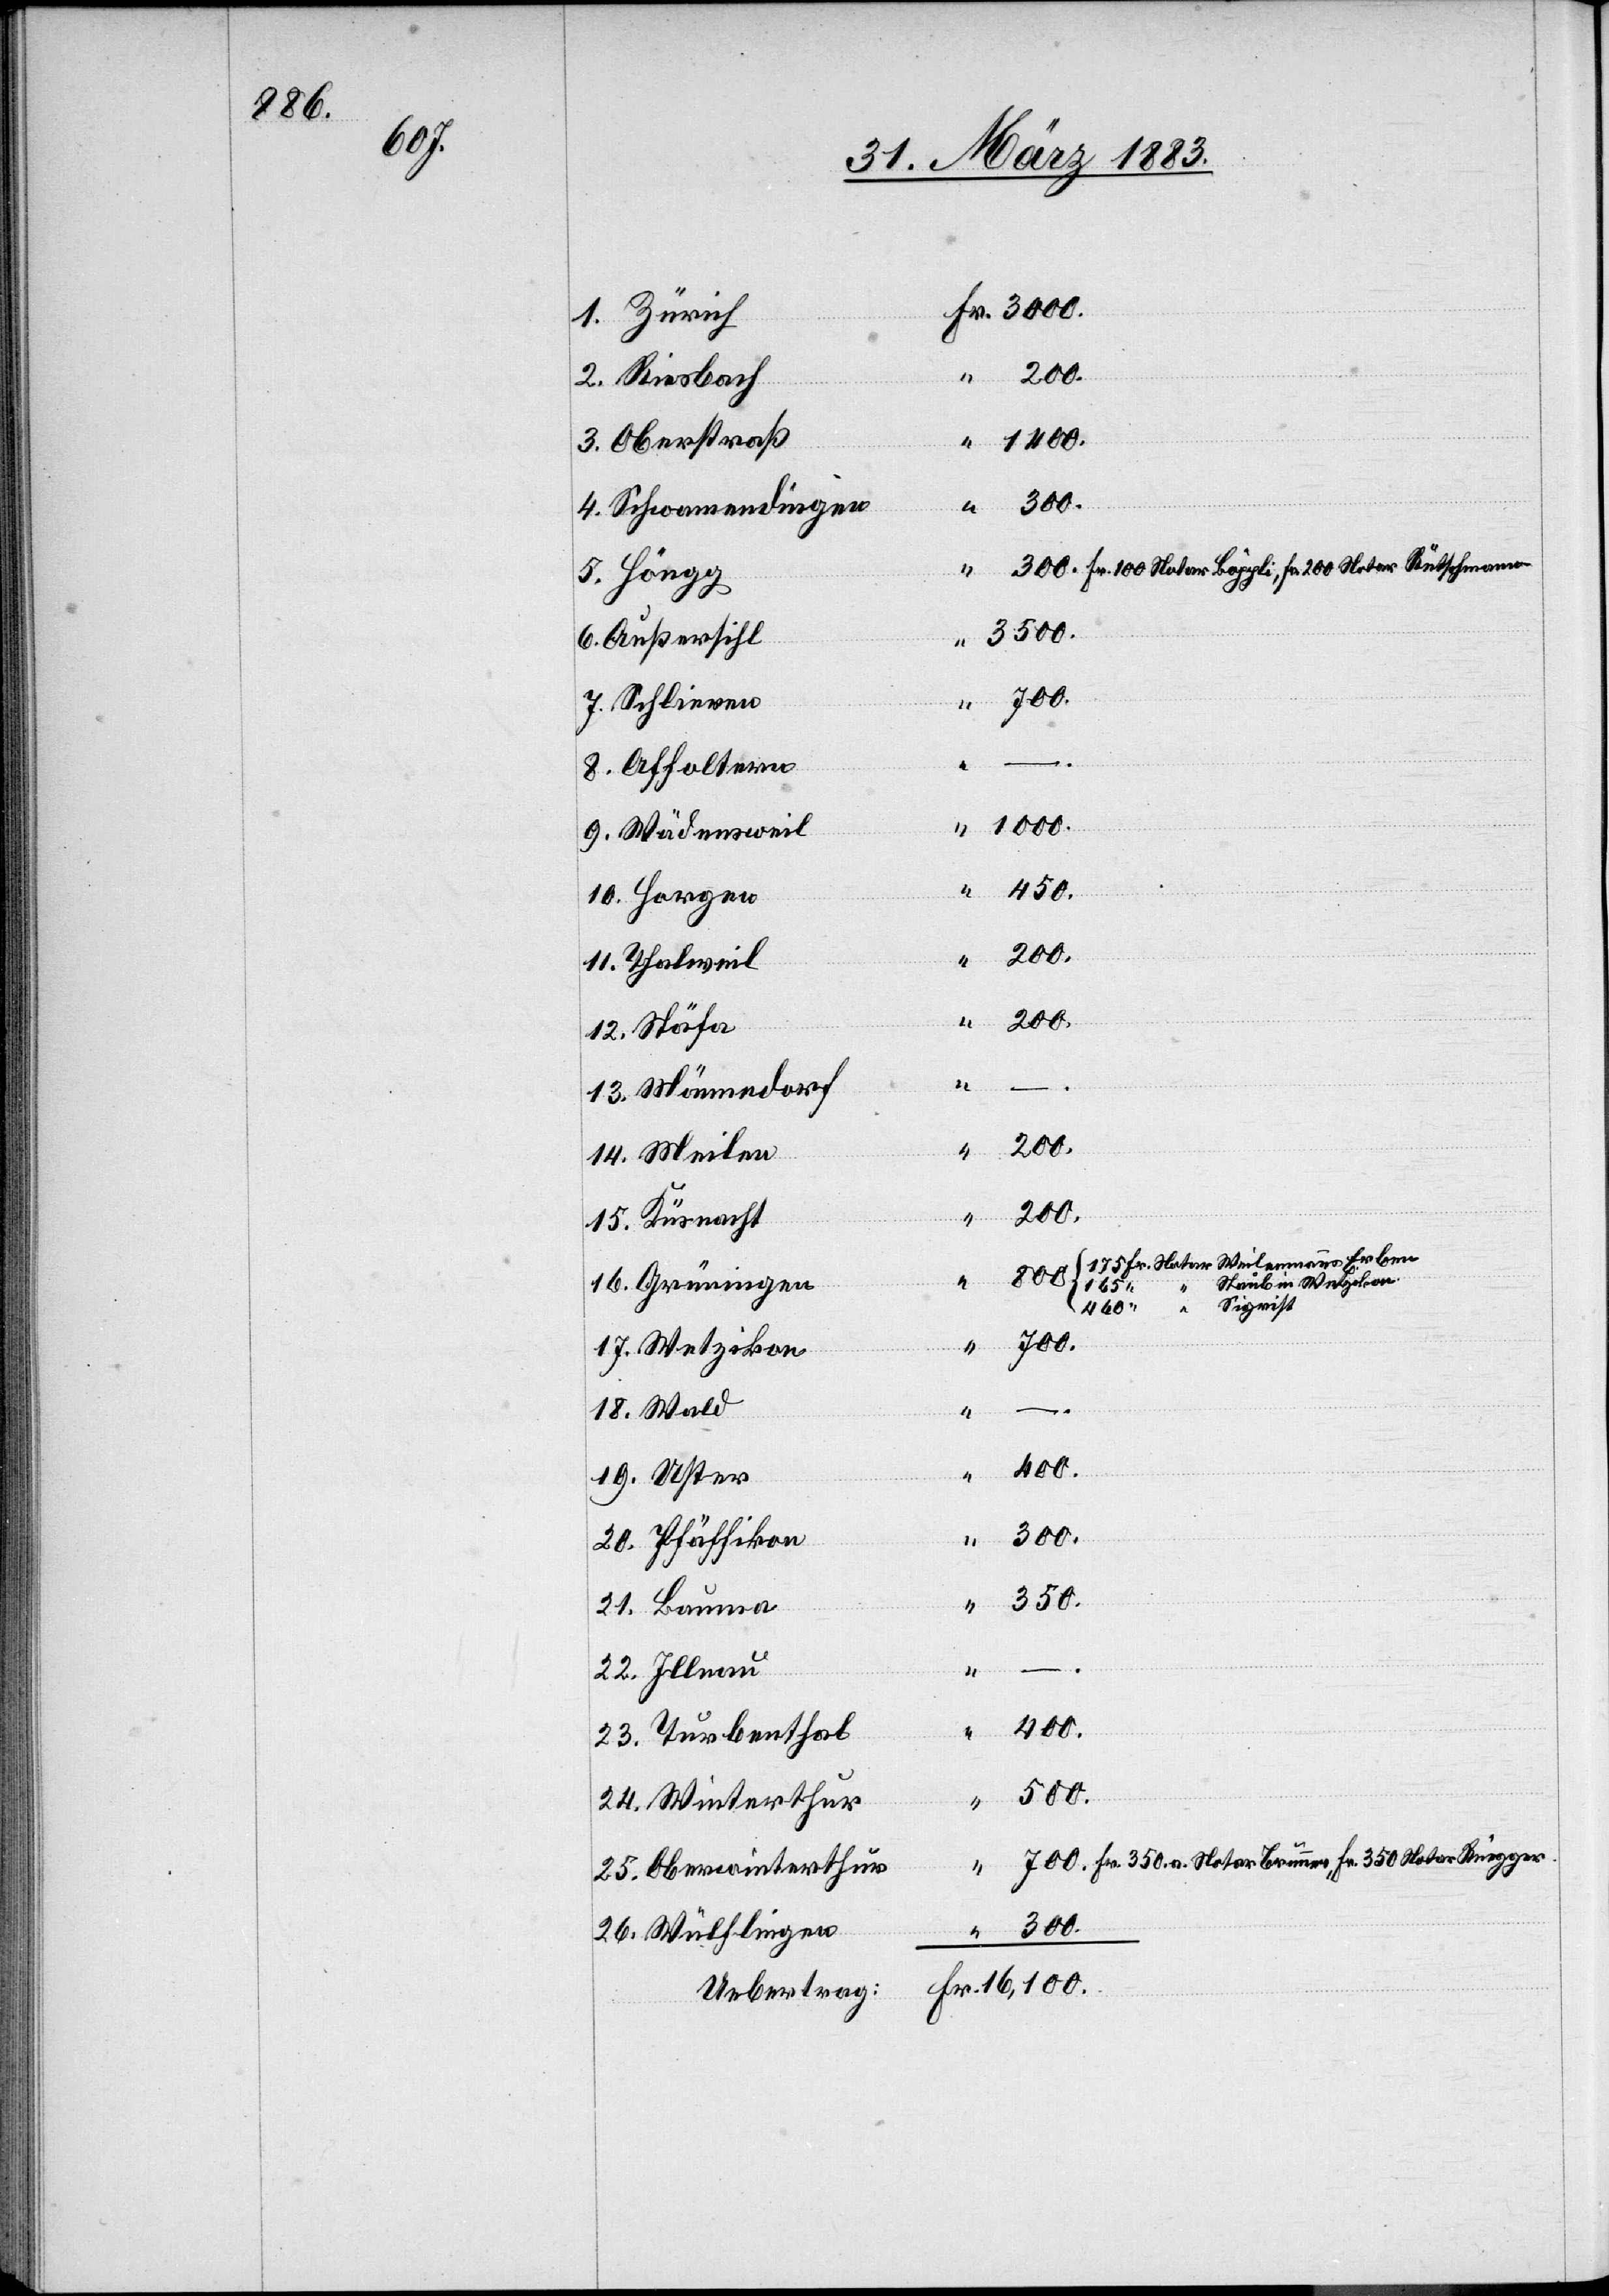
800.
175
Riesbach
1400.
Oberstraß
4.
Schwamendingen
Fr. 100 Notar Bäggli, Fr. 200 Notar Rutschmann
3500.
Außersihl
24.
500.
8.
–.
1000.
450.
200.
15.
25.
200.
9.
Staub in Wetzikon
165
Sigrist
460
700.
300.
21.
350.
Uster
–.
Bauma
400.
Turbenthal
Fr. 350 a. Notar Brunner, Fr. 350 Notar Rüegger
26.
Oberwinterthur
300.